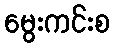
မွေးကင်းစ